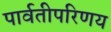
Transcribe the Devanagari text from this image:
पार्वतीपरिणय